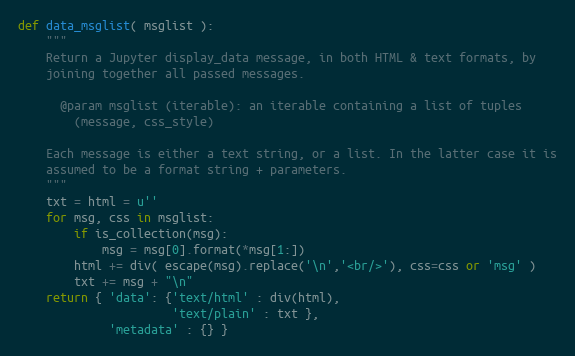
Language: Python
def data_msglist( msglist ):
    """
    Return a Jupyter display_data message, in both HTML & text formats, by
    joining together all passed messages.

      @param msglist (iterable): an iterable containing a list of tuples
        (message, css_style)

    Each message is either a text string, or a list. In the latter case it is
    assumed to be a format string + parameters.
    """
    txt = html = u''
    for msg, css in msglist:
        if is_collection(msg):
            msg = msg[0].format(*msg[1:])
        html += div( escape(msg).replace('\n','<br/>'), css=css or 'msg' )
        txt += msg + "\n"
    return { 'data': {'text/html' : div(html),
                      'text/plain' : txt },
             'metadata' : {} }